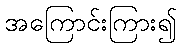
အကြောင်းကြား၍